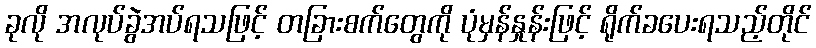
ခုလို အလုပ်ခွဲအပ်ရသဖြင့် တခြားစက်တွေကို ပုံမှန်နှုန်းဖြင့် ရိုက်ခပေးရသည့်တိုင်